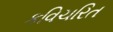
કવિચરિત